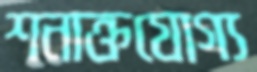
শনাক্তযোগ্য